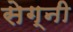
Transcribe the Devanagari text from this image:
सेग्नी